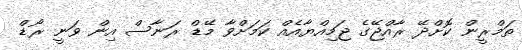
ތަމްރީން ކޮށްދޭ ރާއްޖޭގެ ޖަމިއްޔާއެއް ކަމަށްވާ މޭޑް ރަނާސް އިން ވަނީ ރޯޑް